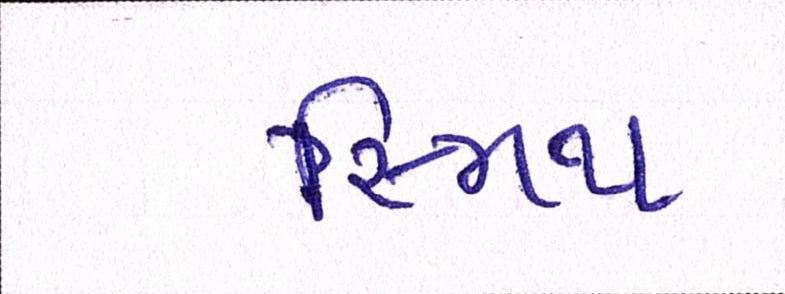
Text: સ્મિથ